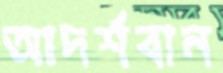
আদর্শবান